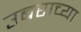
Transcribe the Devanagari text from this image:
उबराच्या